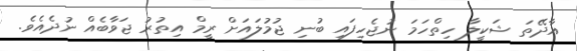
އާދޭތަ ޝަކީލާ ހިތްހަމަ ނުޖެހިފައި ބުނި ޖުމުލައަށް ރީމް އިތުރު ޖަވާބެއް ނުދެއެވެ.